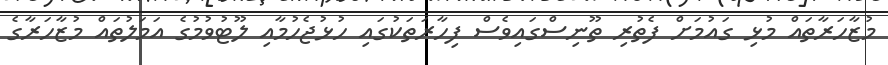
މުޒާހަރާތައް މުޅި ގައުމަށް ފެތުރި ތޫނިސްގައިވެސް ފިހާރަތަކުގައި ހުޅުޖެހުމާއި ލޫޓުވުމުގެ އަމަލުތައް މުޒާހަރާގެ